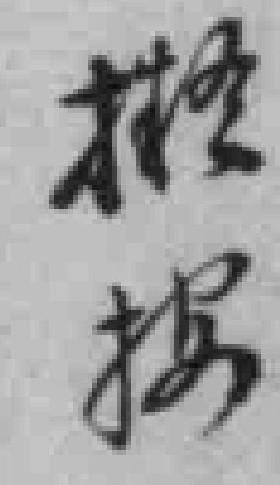
擬按